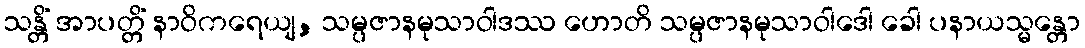
သန္တိံ အာပတ္တိံ နာဝိကရေယျ, သမ္ပဇာနမုသာဝါဒဿ ဟောတိ သမ္ပဇာနမုသာဝါဒေါ ခေါ ပနာယသ္မန္တော